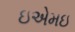
ઇએમઇ